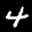
Label: 4